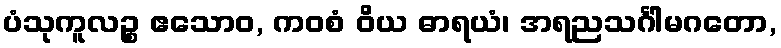
ပံသုကူလဉ္စ ဧသောဝ, ကဝစံ ဝိယ ဓာရယံ၊ အရညသင်္ဂါမဂတော,